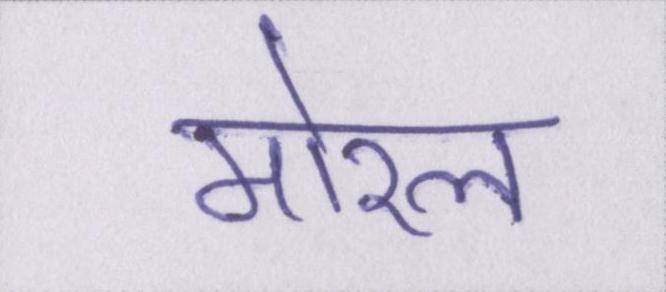
मोरल